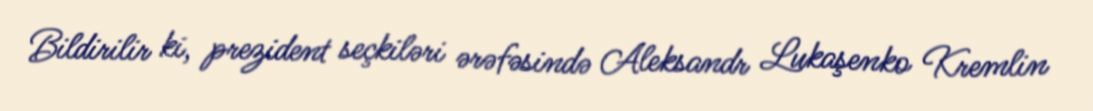
Bildirilir ki, prezident seçkiləri ərəfəsində Aleksandr Lukaşenko Kremlin